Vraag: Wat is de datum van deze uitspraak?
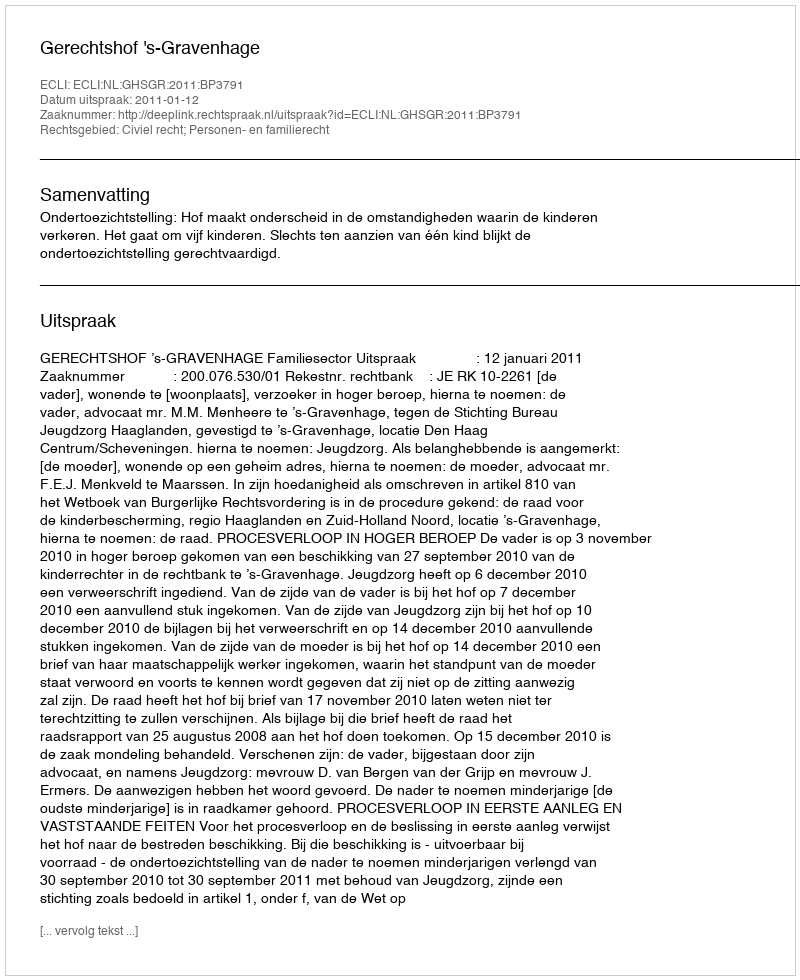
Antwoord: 2011-01-12